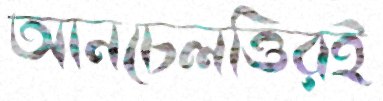
আনচেলত্তিরই